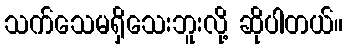
သက်သေမရှိသေးဘူးလို့ ဆိုပါတယ်။